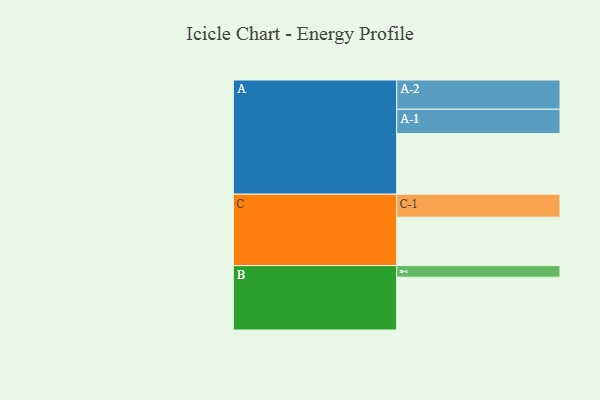
{"axis": {"x": "Segment", "y": "Value"}, "legend": ["", "A", "B", "C"], "data": [{"x": "A", "y": 544, "type": ""}, {"x": "B", "y": 474, "type": ""}, {"x": "C", "y": 435, "type": ""}, {"x": "A-1", "y": 219, "type": "A"}, {"x": "A-2", "y": 262, "type": "A"}, {"x": "B-1", "y": 104, "type": "B"}, {"x": "C-1", "y": 206, "type": "C"}]}